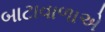
બાટાવાળાએ